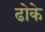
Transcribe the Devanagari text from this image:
ढोके